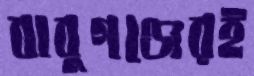
বাবুগঞ্জেরই